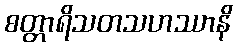
စတ္တာရိသတသဟဿာနိ